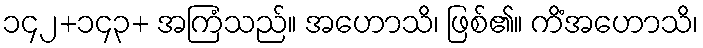
၁၄၂+၁၄၃+ အကြံသည်။ အဟောသိ၊ ဖြစ်၏။ ကိံအဟောသိ၊